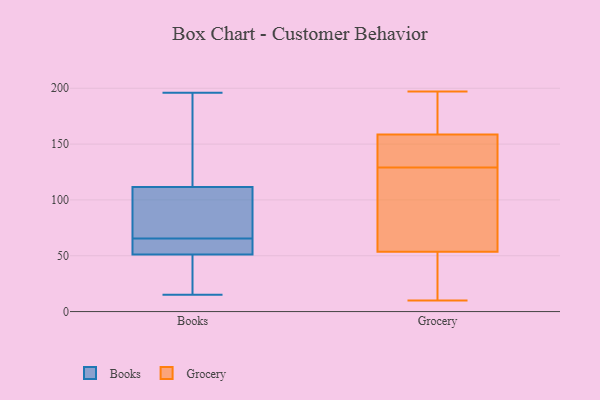
{"axis": {"x": "Population (Million)", "y": "Value"}, "legend": ["Books", "Grocery"], "data": [{"x": "", "y": 126, "type": "Books"}, {"x": "", "y": 130, "type": "Books"}, {"x": "", "y": 57, "type": "Books"}, {"x": "", "y": 196, "type": "Books"}, {"x": "", "y": 30, "type": "Books"}, {"x": "", "y": 93, "type": "Books"}, {"x": "", "y": 47, "type": "Books"}, {"x": "", "y": 56, "type": "Books"}, {"x": "", "y": 60, "type": "Books"}, {"x": "", "y": 97, "type": "Books"}, {"x": "", "y": 159, "type": "Books"}, {"x": "", "y": 97, "type": "Books"}, {"x": "", "y": 55, "type": "Books"}, {"x": "", "y": 166, "type": "Books"}, {"x": "", "y": 71, "type": "Books"}, {"x": "", "y": 15, "type": "Books"}, {"x": "", "y": 39, "type": "Books"}, {"x": "", "y": 90, "type": "Books"}, {"x": "", "y": 52, "type": "Books"}, {"x": "", "y": 50, "type": "Books"}, {"x": "", "y": 157, "type": "Grocery"}, {"x": "", "y": 116, "type": "Grocery"}, {"x": "", "y": 57, "type": "Grocery"}, {"x": "", "y": 169, "type": "Grocery"}, {"x": "", "y": 197, "type": "Grocery"}, {"x": "", "y": 150, "type": "Grocery"}, {"x": "", "y": 32, "type": "Grocery"}, {"x": "", "y": 146, "type": "Grocery"}, {"x": "", "y": 156, "type": "Grocery"}, {"x": "", "y": 90, "type": "Grocery"}, {"x": "", "y": 50, "type": "Grocery"}, {"x": "", "y": 74, "type": "Grocery"}, {"x": "", "y": 10, "type": "Grocery"}, {"x": "", "y": 142, "type": "Grocery"}, {"x": "", "y": 35, "type": "Grocery"}, {"x": "", "y": 63, "type": "Grocery"}, {"x": "", "y": 160, "type": "Grocery"}, {"x": "", "y": 180, "type": "Grocery"}, {"x": "", "y": 192, "type": "Grocery"}, {"x": "", "y": 26, "type": "Grocery"}]}